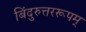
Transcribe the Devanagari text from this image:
बिंदुरुत्तररूपम्